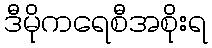
ဒီမိုကရေစီအစိုးရ